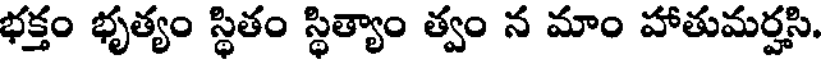
భక్తం భృత్యం స్థితం స్థిత్యాం త్వం న మాం హాతుమర్హసి,